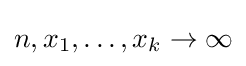
n,x_{1},\dots ,x_{k}\to \infty